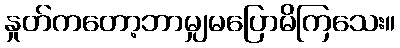
နှုတ်ကတော့ဘာမျှမပြောမိကြသေး။